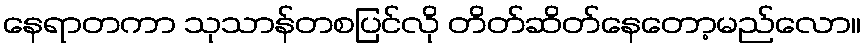
နေရာတကာ သုသာန်တစပြင်လို တိတ်ဆိတ်နေတော့မည်လော။